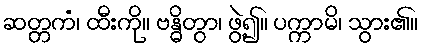
ဆတ္တကံ၊ ထီးကို။ ဗန္ဓိတွာ၊ ဖွဲ့၍။ ပက္ကာမိ၊ သွား၏။